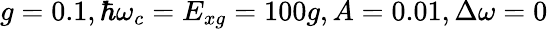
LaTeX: g=0.1,\hbar\omega_{c}=E_{xg}=100g,A=0.01,\Delta\omega=0